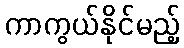
ကာကွယ်နိုင်မည့်